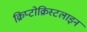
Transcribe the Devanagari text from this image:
क्रिप्टोक्रिस्टलाइन